Report on sanitation, dispensaries, and jails in Rajputana for 1914, and on vaccination for the year 1914-1915 - 1914-1915
Year: 1914
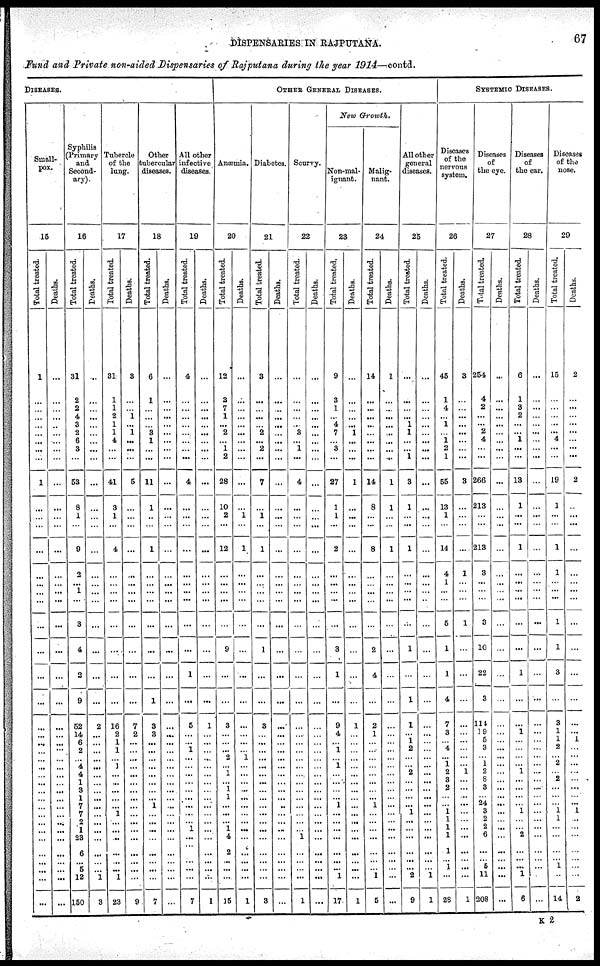
DISPENSARIES IN RAJPUTANA.
67
Fund and Private non-aided Dispensaries of Rajputana during the year 1914—contd.
DISEASES.
Small-
pox.
15
Total treated.
1
...
...
...
...
...
...
...
...
1
...
...
...
...
...
...
...
...
...
...
...
...
...
...
...
...
...
...
...
...
...
...
...
...
...
...
...
...
...
...
...
...
Deaths.
...
...
...
...
..
...
...
...
...
...
...
...
...
...
...
...
...
...
...
...
...
...
...
...
...
...
...
...
...
...
...
...
...
...
...
...
...
...
...
...
...
...
Syphilis
(Primary
and
Second-
ary).
16
Total treated.
31
2
2
4
3
2
6
3
...
53
8
1
...
9
2
...
1
...
3
4
2
9
52
14
6
2
...
4
4
1
3
1
7
7
2
1
23
6
... 5
12
150
Deaths.
...
...
...
...
...
...
...
...
...
...
...
...
...
...
...
...
...
...
...
...
...
...
2
...
...
...
...
...
...
...
...
...
...
...
...
...
...
...
...
...
1
3
Tubercle
of the
lung.
17
Total treated.
31
1
1
2
1
1
4
...
...
41
3
1
...
4
...
...
...
...
...
...
...
...
16
2
1
1
...
1
...
...
...
...
...
1
...
...
..
...
...
...
1
23
Deaths.
3
...
...
1
...
1
...
...
...
5
...
...
...
...
...
...
...
...
...
...
...
...
7
2
...
...
...
...
...
...
...
...
...
...
...
...
...
...
...
...
...
9
Other
tubercular
diseases.
18
Total treated.
6
1
...
...
...
3
1
...
...
11
1
...
...
1
...
...
...
...
...
...
...
1
3
3
...
...
...
...
...
...
...
...
1
...
...
...
...
...
...
...
...
7
Deaths.
...
...
...
...
...
...
...
...
...
...
...
...
...
...
...
...
...
...
...
...
...
...
...
...
...
...
...
...
...
...
...
...
...
...
...
...
...
...
...
...
...
...
All other
infective
diseases.
19
Total treated.
4
...
...
...
...
...
...
...
...
4
...
...
...
...
...
...
...
...
...
...
1
...
5
...
...
1
...
...
...
...
...
...
...
...
...
1
...
...
...
...
...
7
Deaths.
...
...
...
...
...
...
...
...
...
...
...
...
...
...
...
...
...
...
...
...
...
...
1
...
...
...
...
...
...
...
...
...
...
...
...
...
...
...
...
...
...
1
OTHER GENERAL DISEAESE.
Anæmia.
20
Total treated.
12
3
7
1
...
2
...
1
2
28
10
2
...
12
...
...
...
...
...
9
...
...
3
...
...
...
2
...
1
...
1 1
...
...
...
1
4
2
...
...
...
15
Deaths.
...
...
...
...
...
...
...
...
...
...
...
1
...
1
...
...
...
...
...
...
...
...
...
...
...
... 1
...
...
...
...
...
...
...
...
...
...
...
...
...
...
1
Diabetes.
21
Total treated.
3
...
...
...
...
2
...
2
...
7
...
1
...
1
...
...
...
...
...
1
...
...
3
...
...
...
...
...
...
...
...
...
...
...
...
...
...
...
...
...
...
3
Deaths.
...
...
...
...
...
...
...
...
...
...
...
...
...
...
...
...
...
...
...
...
...
...
...
...
...
...
...
...
...
...
...
...
...
...
...
...
...
...
...
...
...
...
Scurvy.
22
total treated.
...
...
...
...
...
3
...
1
...
4
...
...
...
...
...
...
...
...
...
...
...
...
...
...
...
...
...
...
...
...
...
...
...
...
...
...
1
...
...
...
...
1
Deaths.
...
...
...
...
...
...
...
...
...
...
...
...
...
...
...
...
...
...
...
...
...
...
...
...
...
...
...
...
...
...
...
...
...
...
...
...
...
...
...
...
...
...
New Growth.
Non-mal-
ignant.
23
Total treated.
9
3
1
...
4
7
...
3
...
27
1
1
...
2
...
...
...
...
...
3
1
...
9
4
...
1
...
1
...
...
...
... 1
...
...
...
...
...
...
...
1
17
Deaths.
...
...
...
...
...
1
...
...
...
1
...
...
...
...
...
...
...
...
...
...
...
...
1
...
...
...
...
...
...
...
...
...
...
...
...
...
...
...
...
...
...
1
Malig-
nant.
24
Total treated.
14
...
...
...
...
...
...
...
...
14
8
...
...
8
...
...
...
...
...
2
4
...
2
1
...
...
...
...
...
...
...
... 1
...
...
...
...
...
...
...
1
5
Deaths.
1
...
...
...
...
...
...
...
...
1
1
...
...
1
...
...
...
...
...
...
...
...
...
...
...
...
...
...
...
...
...
...
...
...
...
...
...
...
...
...
...
...
All other
general
diseases.
25
Total treated.
...
...
...
...
1
1
...
...
1
8
1
...
...
1
...
...
...
...
...
1
...
1
1
...
1
2
...
...
2
...
...
...
...
1
...
...
...
...
...
...
2
9
Deaths.
...
...
...
...
...
...
...
...
...
...
...
...
...
...
...
...
...
...
...
...
...
...
...
...
...
...
...
...
...
...
...
...
...
...
...
...
...
...
...
...
1
1
SYSTEMIC DISEASES.
Diseases
of the
nervous
system.
26
Total treated.
45
1
4
...
1
...
1
2
1
55
13
1
...
14
4
1
...
...
5
1
1
4
7
3
...
4
...
1
2
3
2
...
...
1
1
1
1
1
...
1
...
28
Deaths.
3
...
...
...
...
...
...
...
...
3
...
...
...
...
1
...
...
...
1
...
...
...
...
...
...
...
...
...
1
...
...
..
...
...
...
...
...
...
...
...
...
1
Diseases
of
the eye.
27
Total treated.
254
4
2
...
...
2
4
...
...
266
213
...
...
213
3
...
...
...
3
10
22
3
114
19
5
3
...
1
2
8
3
...
24
3
2
2
6
...
... 5
11
208
Deaths.
...
...
...
...
...
...
...
...
...
...
...
...
...
...
...
...
...
...
...
...
...
...
...
...
...
...
...
...
...
...
...
...
...
...
...
...
...
...
...
...
...
...
Diseases
of
the ear.
28
Total treated.
6
1
3
2
...
... 1
...
...
13
1
...
...
1
...
...
...
...
...
...
1
...
...
1
...
...
...
...
1
...
...
...
...
1
...
...
2
...
...
...
1
6
Deaths.
...
...
...
...
...
...
...
...
...
...
...
...
...
...
...
...
...
...
...
...
...
...
...
...
...
...
...
...
...
...
...
...
...
...
...
...
...
...
...
...
...
...
Diseases
of the
nose.
29
Total treated.
15
...
...
...
...
...
4
...
...
19
1
...
...
1
1
...
...
...
1
1
3
...
3
1
1
2
...
2
...
2
...
...
...
1
1
...
...
...
... 1
...
14
Deaths.
2
...
...
...
...
...
...
...
...
2
...
...
...
...
...
...
...
...
...
...
...
...
...
1
...
...
...
...
...
...
...
...
1
...
...
...
...
...
...
...
2
K 2